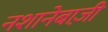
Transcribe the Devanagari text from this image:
नशानेबाज़ी